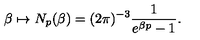
\beta \mapsto N _ { p } ( \beta ) = ( 2 \pi ) ^ { - 3 } \frac { 1 } { e ^ { \beta p } - 1 } .